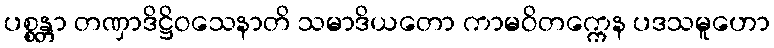
ပစ္စန္တာ တဏှာဒိဋ္ဌိဝသေနာတိ သမာဒိယတော ကာမဝိတက္ကေန ပဒသမူဟော